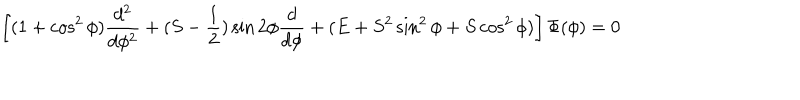
LaTeX: \left[ ( 1 + \cos ^ { 2 } \phi ) \frac { d ^ { 2 } } { d \phi ^ { 2 } } + ( S - \frac { 1 } { 2 } ) \sin 2 \phi \frac { d } { d \phi } + ( E + S ^ { 2 } \sin ^ { 2 } \phi + S \cos ^ { 2 } \phi ) \right] \Phi ( \phi ) = 0